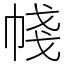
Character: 帴